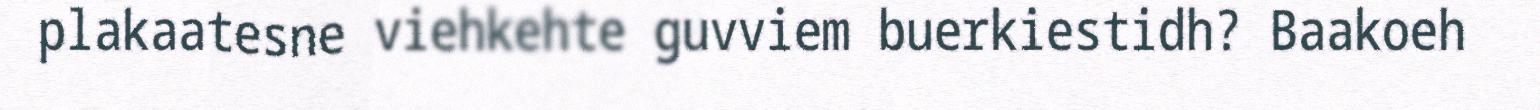
plakaatesne viehkehte guvviem buerkiestidh? Baakoeh